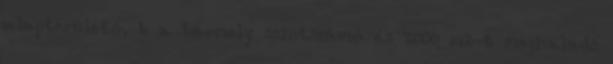
alapterületû, b a bármely szintszámú és 2000 m2-t meghaladó